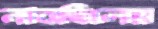
নাবছিলেম